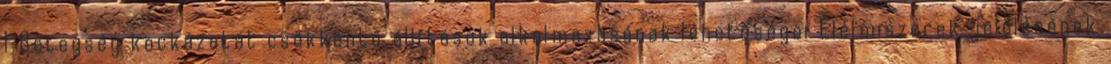
1 Betegség kockázatát csökkentő állítások alkalmazásának lehetőségei Élelmiszerek jelölésének